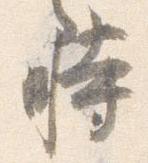
時